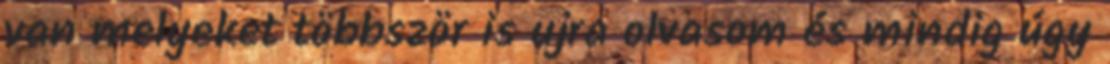
van melyeket többször is ujra olvasom és mindig úgy